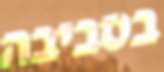
בסביבה